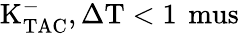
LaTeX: \mathrm{K_{TAC}^{-},\Delta T<1\, \ mus}